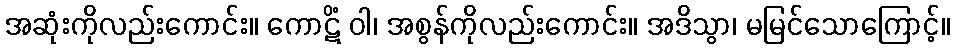
အဆုံးကိုလည်းကောင်း။ ကောဋိံ ဝါ၊ အစွန်ကိုလည်းကောင်း။ အဒိသွာ၊ မမြင်သောကြောင့်။